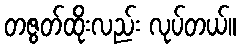
တဇွတ်ထိုးလည်း လုပ်တယ်။